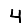
Digit: 4